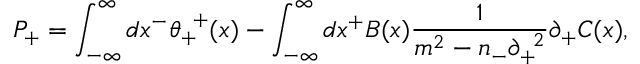
P _ { + } = \int _ { - { \infty } } ^ { \infty } d x ^ { - } { \theta } _ { + } ^ { \; \; + } ( x ) - \int _ { - { \infty } } ^ { \infty } d x ^ { + } B ( x ) \frac { 1 } { m ^ { 2 } - n _ { - } { \partial } _ { + } ^ { \; \; 2 } } { \partial } _ { + } C ( x ) ,